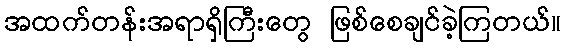
အထက်တန်းအရာရှိကြီးတွေ ဖြစ်စေချင်ခဲ့ကြတယ်။